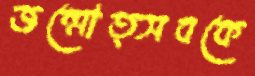
জন্মোত্সবকে